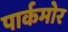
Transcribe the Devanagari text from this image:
पार्कमोर